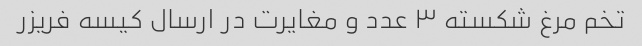
تخم مرغ شکسته ۳ عدد و مغایرت در ارسال کیسه فریزر